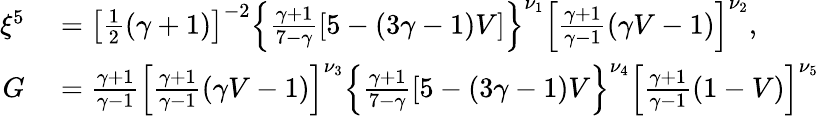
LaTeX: \begin{array}{rl}{\xi^{5}}&{{}=\left[{\frac{1}{2}}(\gamma+1)\right]^{-2}\left\{ {\frac{\gamma+1}{7-\gamma}}[5-(3\gamma-1)V]\right\} ^{\nu_{1}}\left[{\frac{\gamma+1}{\gamma-1}}(\gamma V-1)\right]^{\nu_{2}},}\\ {G}&{{}={\frac{\gamma+1}{\gamma-1}}\left[{\frac{\gamma+1}{\gamma-1}}(\gamma V-1)\right]^{\nu_{3}}\left\{ {\frac{\gamma+1}{7-\gamma}}[5-(3\gamma-1)V\right\} ^{\nu_{4}}\left[{\frac{\gamma+1}{\gamma-1}}(1-V)\right]^{\nu_{5}}}\end{array}